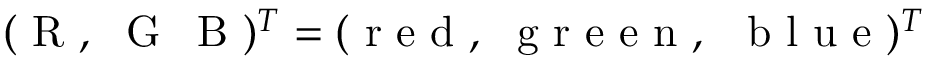
( \mathrm { ~ R ~ , ~ \ G ~ \, ~ B ~ } ) ^ { T } = ( \mathrm { ~ r ~ e ~ d ~ , ~ \ g ~ r ~ e ~ e ~ n ~ , ~ \, ~ b ~ l ~ u ~ e ~ } ) ^ { T }